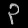
Digit: ၃